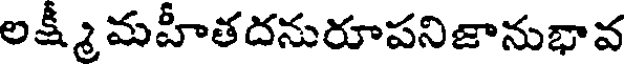
లక్ష్మీ మహీతదనురూపనిజానుభావ